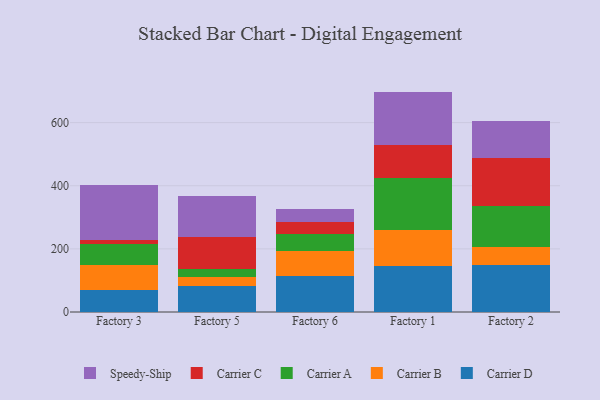
{"axis": {"x": "Factory", "y": "Active Users"}, "legend": ["Carrier A", "Carrier B", "Carrier C", "Carrier D", "Speedy-Ship"], "data": [{"x": "Factory 3", "y": 68.6, "type": "Carrier D"}, {"x": "Factory 3", "y": 79.6, "type": "Carrier B"}, {"x": "Factory 3", "y": 66.1, "type": "Carrier A"}, {"x": "Factory 3", "y": 13.3, "type": "Carrier C"}, {"x": "Factory 3", "y": 175.2, "type": "Speedy-Ship"}, {"x": "Factory 5", "y": 82.7, "type": "Carrier D"}, {"x": "Factory 5", "y": 27.5, "type": "Carrier B"}, {"x": "Factory 5", "y": 26.5, "type": "Carrier A"}, {"x": "Factory 5", "y": 100.9, "type": "Carrier C"}, {"x": "Factory 5", "y": 128.6, "type": "Speedy-Ship"}, {"x": "Factory 6", "y": 115.5, "type": "Carrier D"}, {"x": "Factory 6", "y": 78.9, "type": "Carrier B"}, {"x": "Factory 6", "y": 51.3, "type": "Carrier A"}, {"x": "Factory 6", "y": 40.4, "type": "Carrier C"}, {"x": "Factory 6", "y": 40.9, "type": "Speedy-Ship"}, {"x": "Factory 1", "y": 144.5, "type": "Carrier D"}, {"x": "Factory 1", "y": 115.7, "type": "Carrier B"}, {"x": "Factory 1", "y": 164.7, "type": "Carrier A"}, {"x": "Factory 1", "y": 105.7, "type": "Carrier C"}, {"x": "Factory 1", "y": 167.7, "type": "Speedy-Ship"}, {"x": "Factory 2", "y": 150.2, "type": "Carrier D"}, {"x": "Factory 2", "y": 56.3, "type": "Carrier B"}, {"x": "Factory 2", "y": 130.8, "type": "Carrier A"}, {"x": "Factory 2", "y": 149.8, "type": "Carrier C"}, {"x": "Factory 2", "y": 118.0, "type": "Speedy-Ship"}]}